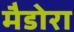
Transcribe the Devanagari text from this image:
मैडोरा